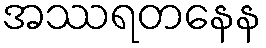
အဿရတနေန